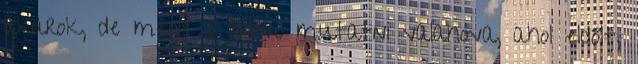
akarok, de mégis jó lenne mutatni valahova, ahol eldőlt,